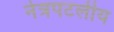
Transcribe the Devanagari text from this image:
नेत्रपटलीय